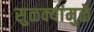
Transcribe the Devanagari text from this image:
सुळक्यांमुळे